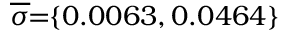
\overline { { \sigma } } \! \! = \! \! \{ 0 . 0 0 6 3 , 0 . 0 4 6 4 \} \!